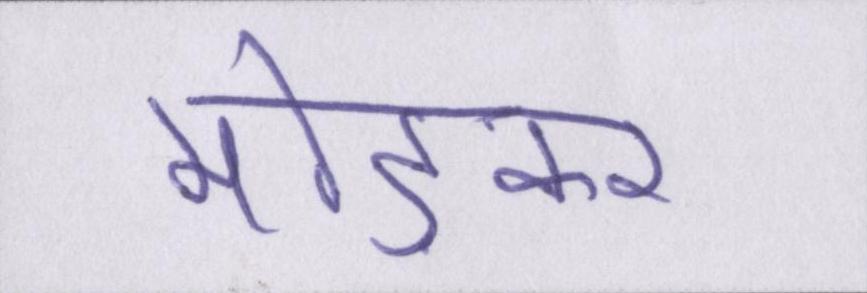
मोड़कर